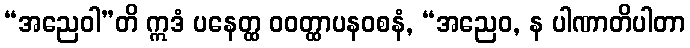
“အညေဝါ”တိ ဣဒံ ပနေတ္ထ ဝဝတ္ထာပနဝစနံ, “အညေဝ, န ပါဏာတိပါတာ